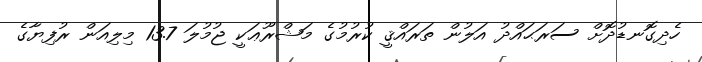
ހެދިގޮނޑުދޮށް ސަރަޙައްދު އަލުން ތަރައްޤީ ކުރުމުގެ މަޝްރޫޢަކީ ޖުމުލަ 13.7 މިލިއަން ރުފިޔާގެ